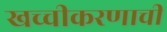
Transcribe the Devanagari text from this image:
खच्चीकरणाची